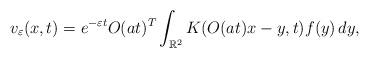
LaTeX: \begin{align*}v_\varepsilon(x,t)=e^{-\varepsilon t}O(at)^T\int_{\mathbb R^2}K(O(at)x-y,t)f(y)\,dy,\end{align*}